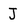
Character: J